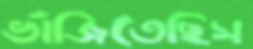
ভাঁজিতেছিস